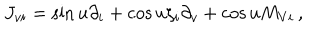
LaTeX: J _ { v i } = \sin u \partial _ { i } + \cos u \zeta _ { i } \partial _ { v } + \cos u M _ { V i } \, ,